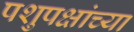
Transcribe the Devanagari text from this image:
पशुपक्षांच्या